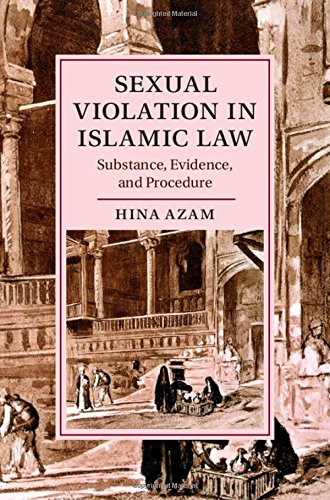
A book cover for Sexual Violation in Islamic Law: Substance, Evidence, and Procedure (Cambridge Studies in Islamic Civilization); Hina Azam; Politics & Social Sciences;